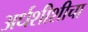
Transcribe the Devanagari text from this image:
अर्धशीशीचा